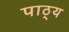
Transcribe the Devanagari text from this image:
पाठ्‌य